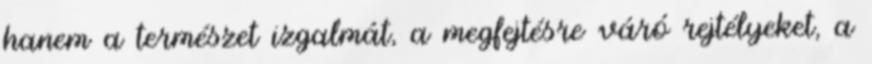
hanem a természet izgalmát, a megfejtésre váró rejtélyeket, a